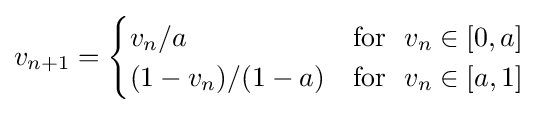
v_{n+1}={\begin{cases}v_{n}/a&\mathrm {for} ~~v_{n}\in [0,a]\\(1-v_{n})/(1-a)&\mathrm {for} ~~v_{n}\in [a,1]\end{cases}}